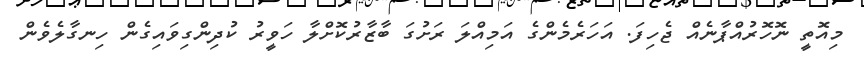
މިއޮތީ ނޮހޮރުއްޕާނެއް ޖެހިފަ. އަހަރެމެންގެ އަމިއްލަ ރަށުގަ ބާޒާރުކޮށްލާ ހަވީރު ކުދިންގިވައިގެން ހިނގާލެވެން